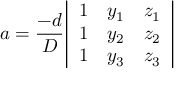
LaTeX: a = { \frac { - d } { D } } { \left| \begin{array} { l l l } { 1 } & { y _ { 1 } } & { z _ { 1 } } \\ { 1 } & { y _ { 2 } } & { z _ { 2 } } \\ { 1 } & { y _ { 3 } } & { z _ { 3 } } \end{array} \right| }